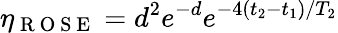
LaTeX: \eta_{\mathrm{~R~O~S~E~}}=d^{2}e^{-d}e^{-4(t_{2}-t_{1})/T_{2}}